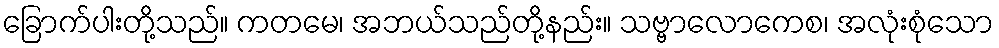
ခြောက်ပါးတို့သည်။ ကတမေ၊ အဘယ်သည်တို့နည်း။ သဗ္ဗာလောကေစ၊ အလုံးစုံသော